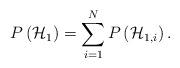
LaTeX: \begin{align*}P\left( { \mathcal{H} }_{ 1 } \right) = \sum_{i = 1}^{N} P\left( { \mathcal{H} }_{ 1,i } \right). \end{align*}